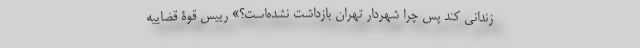
زندانی کند پس چرا شهردار تهران بازداشت نشده‌است؟» رییس قوۀ قضاییه